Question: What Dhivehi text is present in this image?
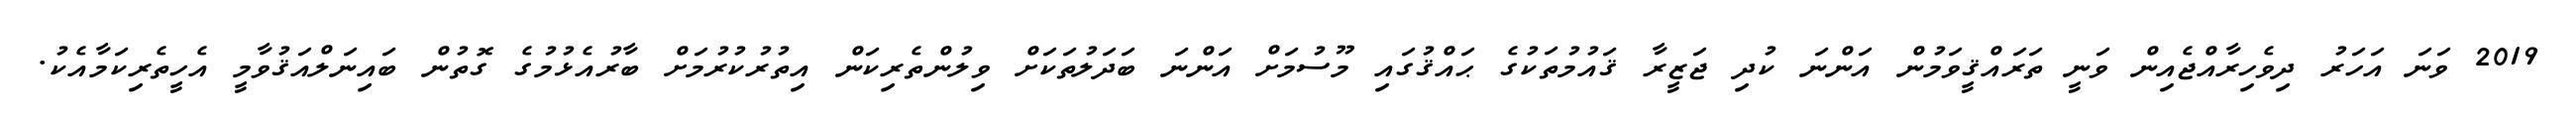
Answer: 2019 ވަނަ އަހަރު ދިވެހިރާއްޖެއިން ވަނީ ތަރައްޤީވަމުން އަންނަ ކުދި ޖަޒީރާ ޤައުމުތަކުގެ ޙައްޤުގައި މޫސުމަށް އަންނަ ބަދަލުތަކަށް ވިލުންތެރިކަން އިތުރުކުރުމަށް ބާރުއެޅުމުގެ ގޮތުން ބައިނަލްއަޤުވާމީ އެހީތެރިކަމާއެކު.